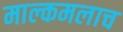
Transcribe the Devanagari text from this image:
माल्कमलाच